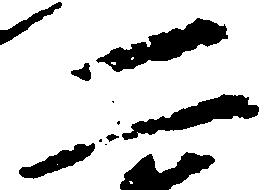
二